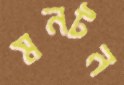
মনটন